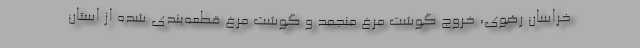
خراسان رضوی، خروج گوشت مرغ منجمد و گوشت مرغ قطعه‌بندی شده از استان